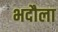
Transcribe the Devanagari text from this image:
भदौला